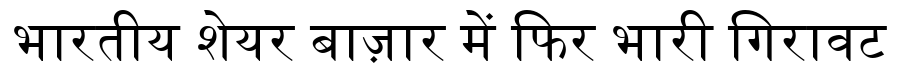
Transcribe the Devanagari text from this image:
भारतीय शेयर बाज़ार में फिर भारी गिरावट